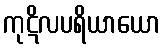
ကုဋိလပရိယာယော